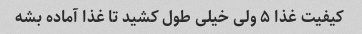
کیفیت غذا ۵ ولی خیلی طول کشید تا غذا آماده بشه